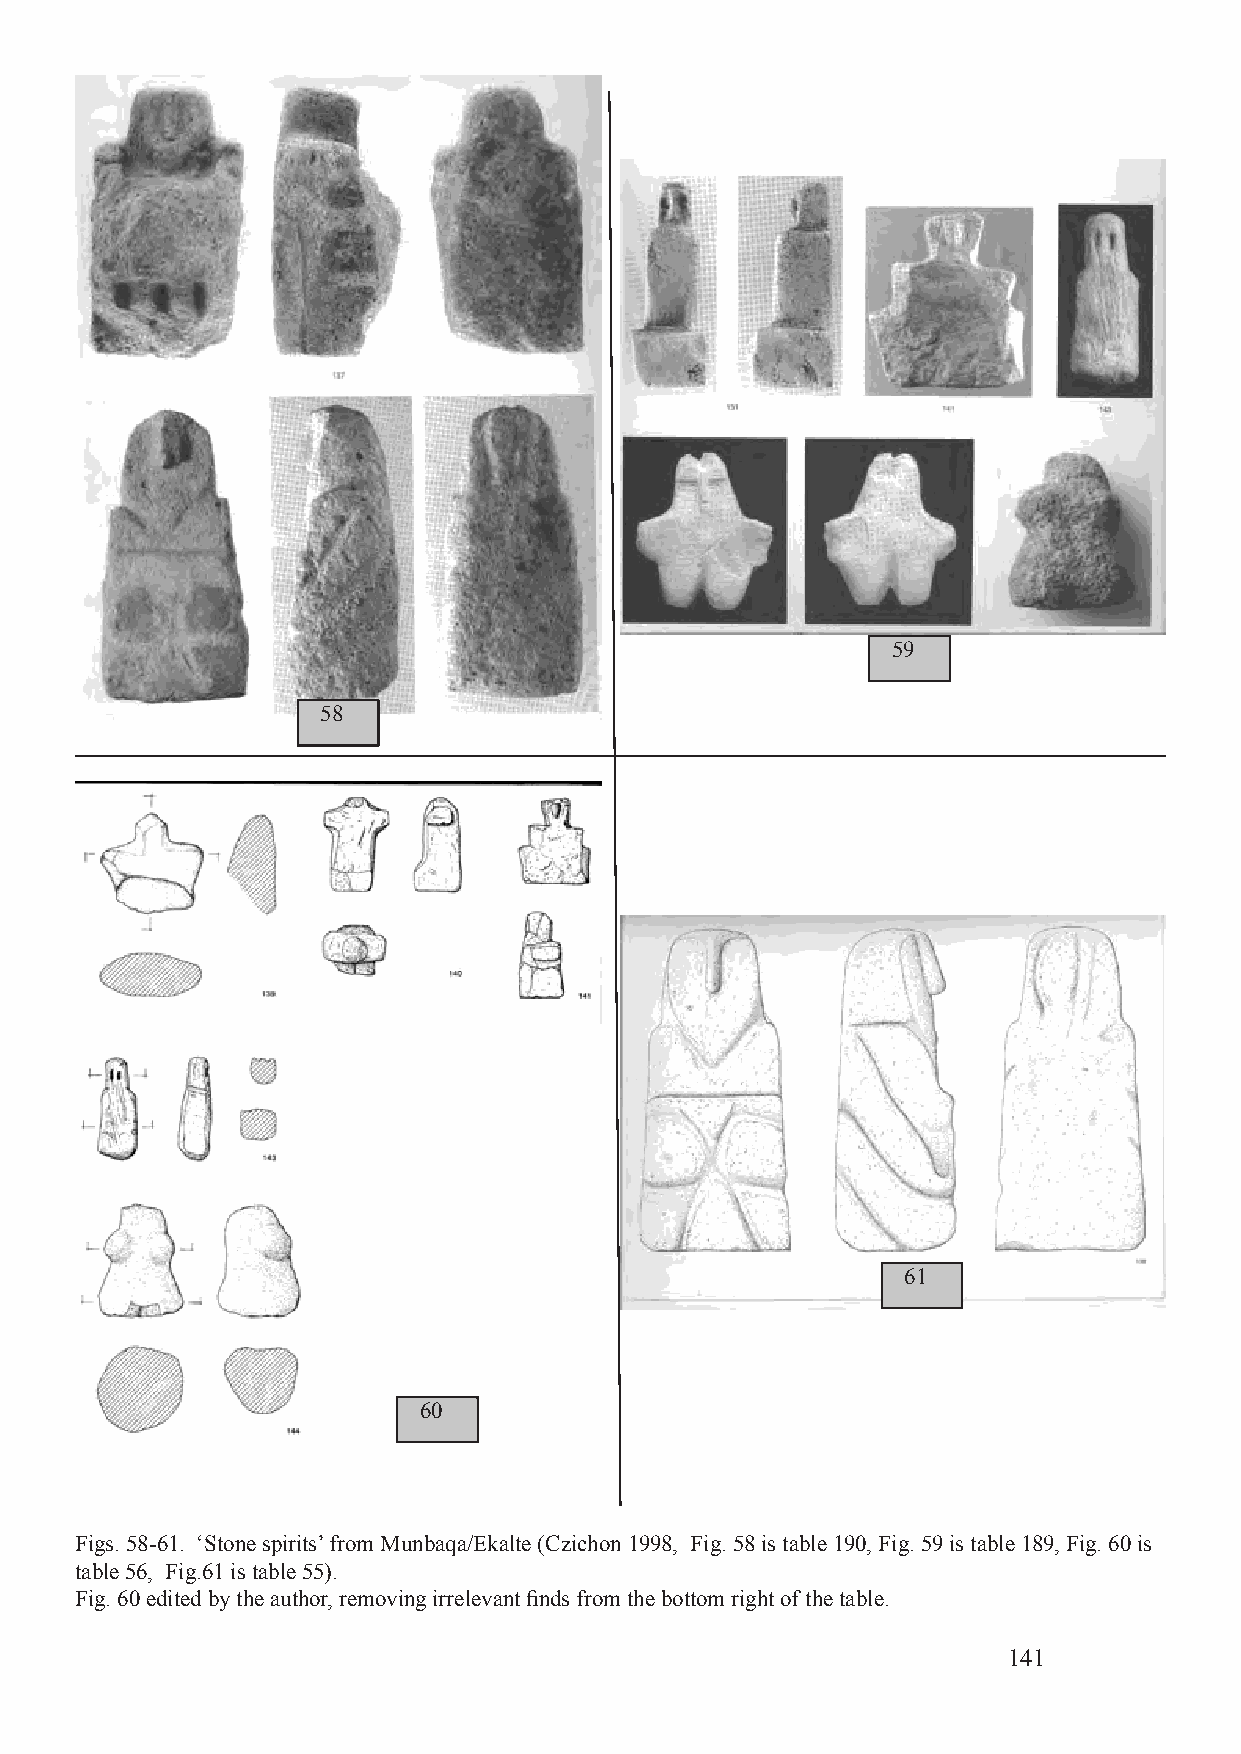
59
 58
 61
 60
 Figs. 58-61. ‘Stone spirits’ from Munbaqa/Ekalte (Czichon 1998, Fig. 58 is table 190, Fig. 59 is table 189, Fig. 60 is
 table 56, Fig.61 is table 55).
 Fig. 60 edited by the author, removing irrelevant finds from the bottom right of the table.
 141